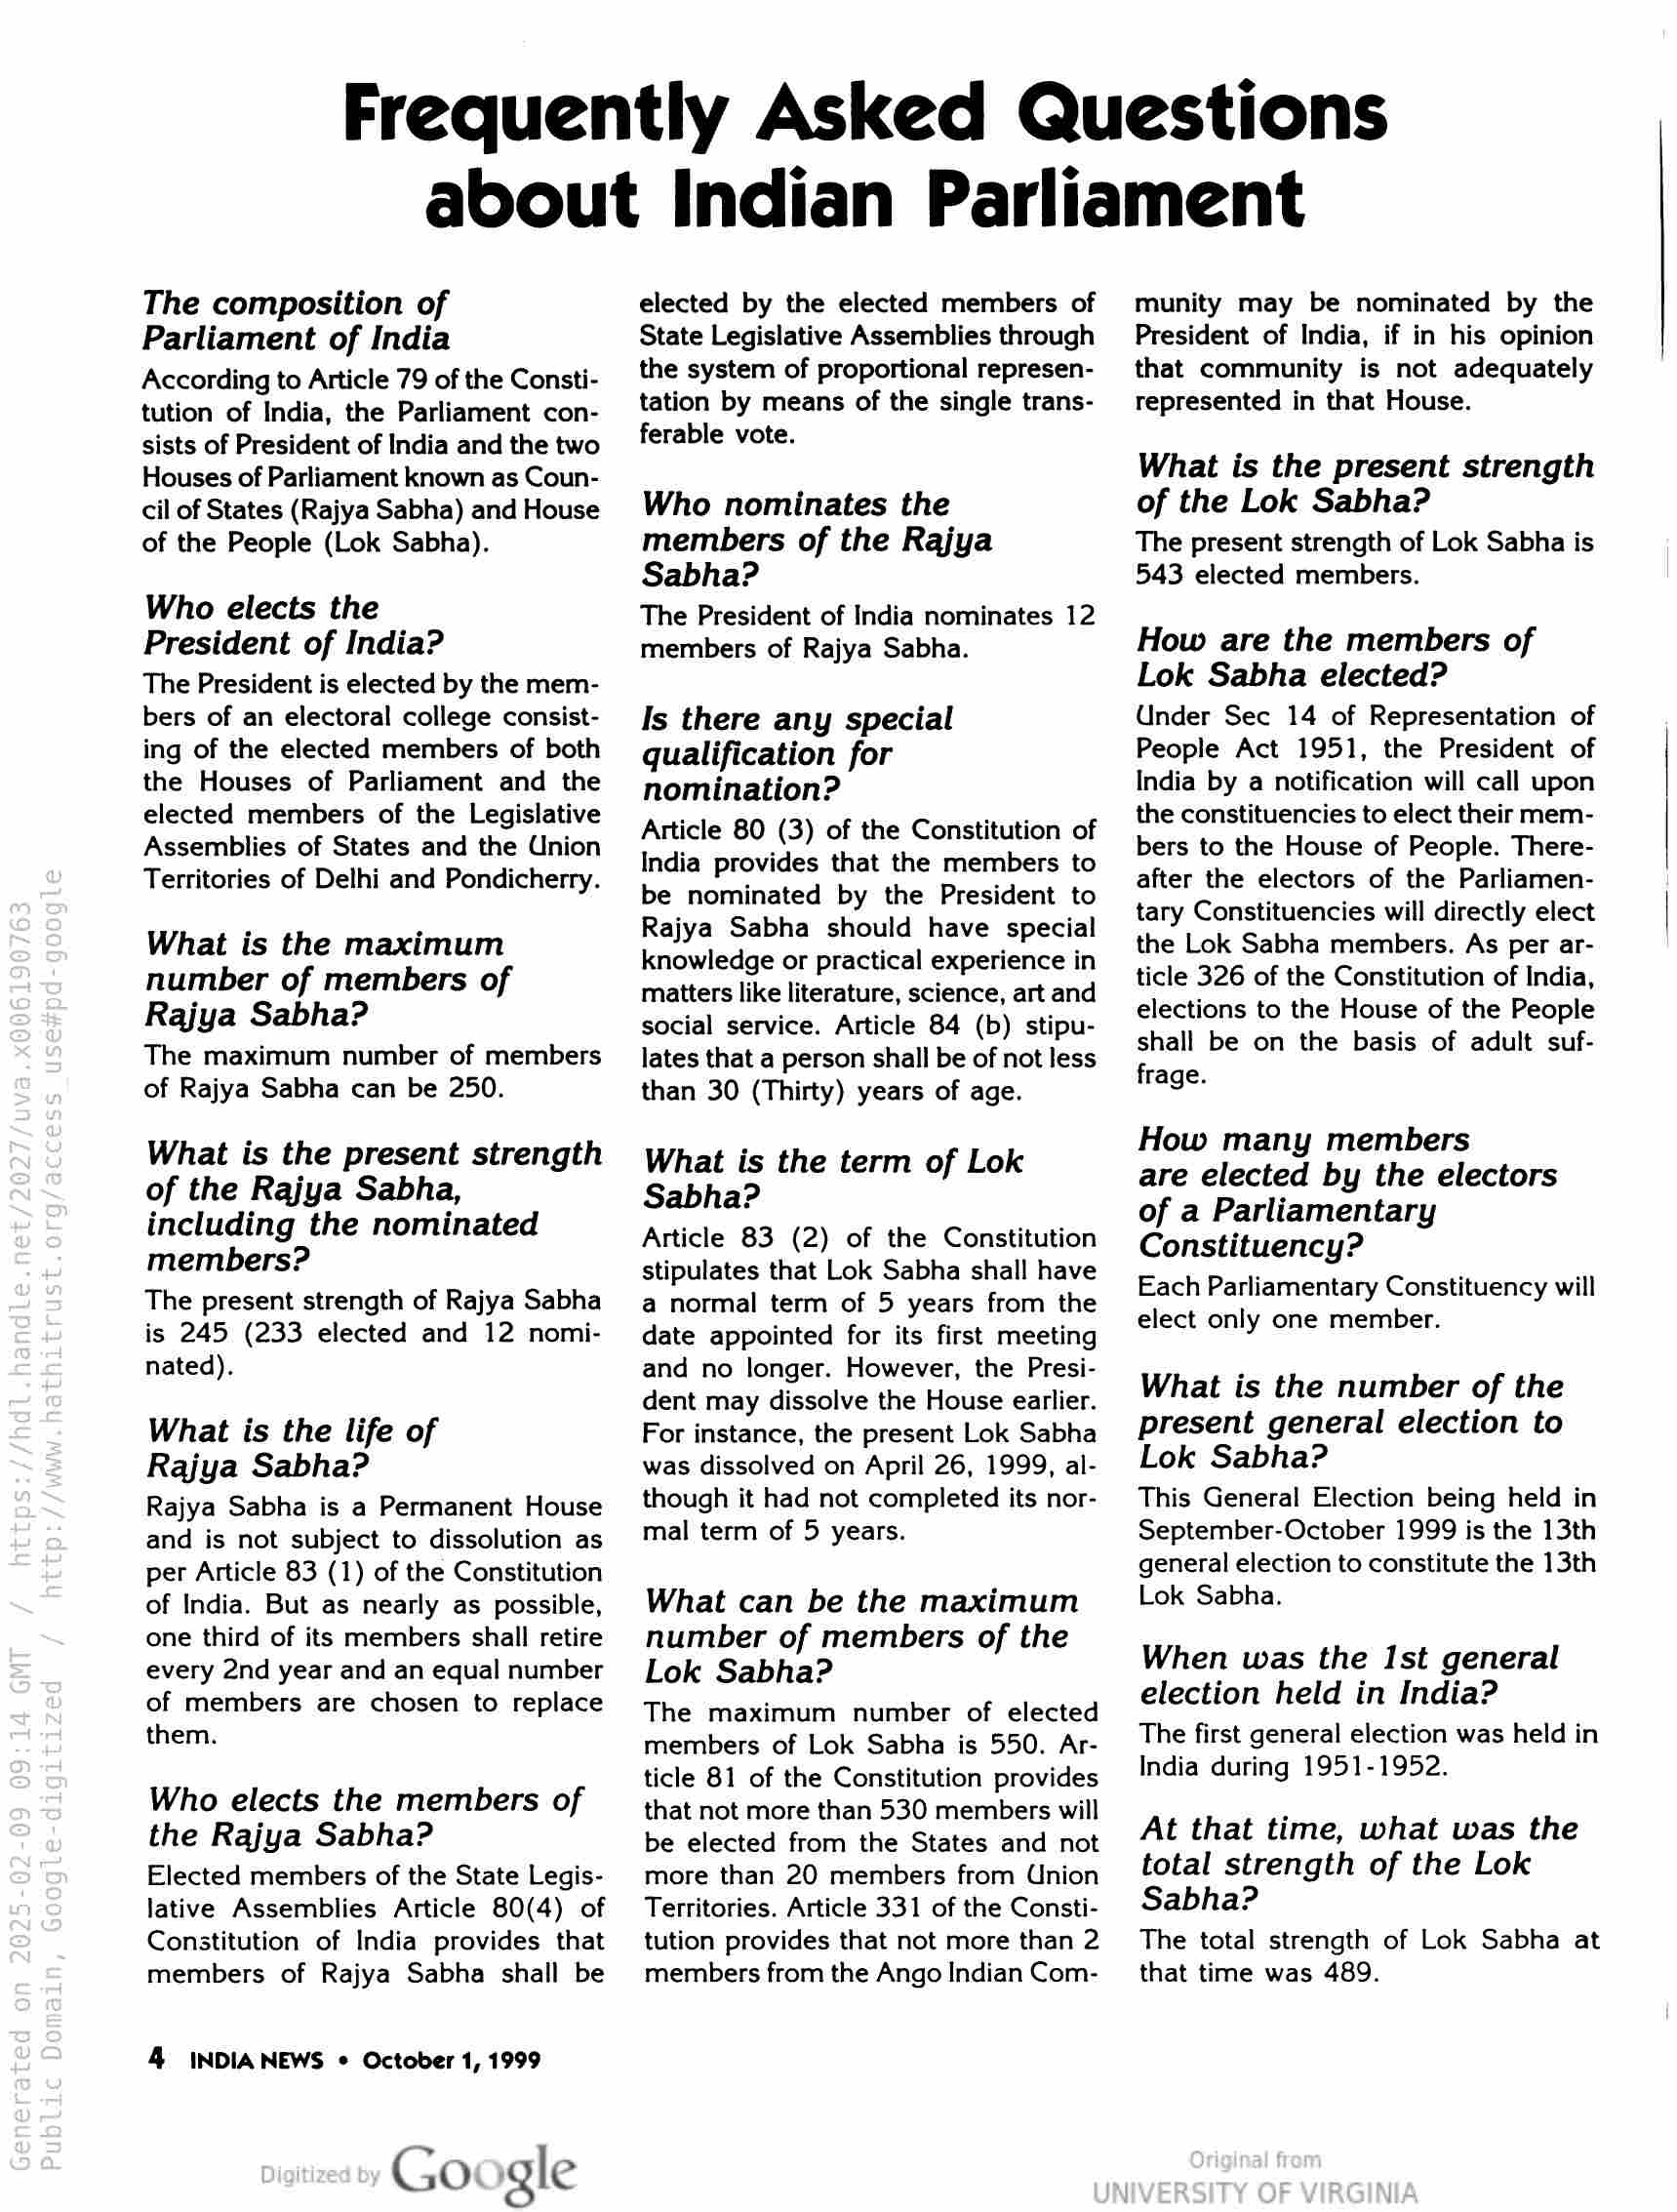
Frequently Asked Questions
about Indian Parliament

The composition of
Parliament of India

According to Article 79 of the Consti-
tution of India, the Parliament con-
sists of President of India and the two
Houses of Parliament known as Coun-
cil of States (Rajya Sabha) and House
of the People (Lok Sabha).

Who elects the

President of India?

The President is elected by the mem-
bers of an electoral college consist-
ing of the elected members of both
the Houses of Parliament and the
elected members of the Legislative
Assemblies of States and the Union
Territories of Delhi and Pondicherry.

What is the maximum
number of members of
Rajya Sabha?

The maximum number of members
of Rajya Sabha can be 250.

What is the present strength
of the Rajya Sabha,
including the nominated
members?

The present strength of Rajya Sabha
is 245 (233 elected and 12 nomi-
nated).

What is the life of

Rajya Sabha?

Rajya Sabha is a Permanent House
and is not subject to dissolution as
per Article 83 (1) of the Constitution
of India. But as nearly as possible,
one third of its members shall retire
every 2nd year and an equal number
of members are chosen to replace
them.

Who elects the members of
the Rajya Sabha?

Elected members of the State Legis-
lative Assemblies Article 80(4) of
Constitution of India provides that
members of Rajya Sabha shall be

4 INDIA NEWS © October 1, 1999

Google

elected by the elected members of
State Legislative Assemblies through
the system of proportional represen-
tation by means of the single trans-
ferable vote.

Who nominates the
members of the Rajya
Sabha?

The President of India nominates 12
members of Rajya Sabha.

Is there any special
qualification for
nomination?

Article 80 (3) of the Constitution of
India provides that the members to
be nominated by the President to
Rajya Sabha should have special
knowledge or practical experience in
matters like literature, science, art and
social service. Article 84 (b) stipu-
lates that a person shall be of not less
than 30 (Thirty) years of age.

What is the term of Lok
Sabha?

Article 83 (2) of the Constitution
stipulates that Lok Sabha shall have
a normal term of 5 years from the
date appointed for its first meeting
and no longer. However, the Presi-
dent may dissolve the House earlier.
For instance, the present Lok Sabha
was dissolved on April 26, 1999, al-
though it had not completed its nor-
mal term of 5 years.

What can be the maximum
number of members of the
Lok Sabha?

The maximum number of elected
members of Lok Sabha is 550. Ar-
ticle 81 of the Constitution provides
that not more than 530 members will
be elected from the States and not
more than 20 members from Union
Territories. Article 331 of the Consti-
tution provides that not more than 2
members from the Ango Indian Com-

munity may be nominated by the
President of India, if in his opinion
that community is not adequately
represented in that House.

What is the present strength
of the Lok Sabha?
The present strength of Lok Sabha is
543 elected members.

How are the members of
Lok Sabha elected?

Under Sec 14 of Representation of
People Act 1951, the President of
India by a notification will call upon
the constituencies to elect their mem-
bers to the House of People. There-
after the electors of the Parliamen-
tary Constituencies will directly elect
the Lok Sabha members. As per ar-
ticle 326 of the Constitution of India,
elections to the House of the People
shall be on the basis of adult suf-
frage.

How many members

are elected by the electors
of a Parliamentary
Constituency?

Each Parliamentary Constituency will
elect only one member.

What is the number of the
present general election to
Lok Sabha?

This General Election being held in
September-October 1999 is the 13th
general election to constitute the 13th
Lok Sabha.

When was the Ist general
election held in India?

The first general election was held in
India during 1951-1952.

At that time, what was the
total strength of the Lok
Sabha?

The total strength of Lok Sabha at
that time was 489.